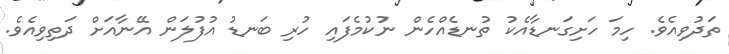
ތަދުވިއެވެ. ހިމަ ހަށިގަނޑާއެކު ތުނޑެއްހެން ނުކުމެފައި ހުރި ބަނޑު އުފުލަން އޭނާއަށް ދަތިވިއެވެ.